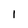
Character: l